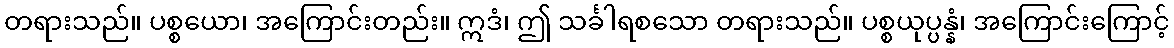
တရားသည်။ ပစ္စယော၊ အကြောင်းတည်း။ ဣဒံ၊ ဤ သင်္ခါရစသော တရားသည်။ ပစ္စယုပ္ပန္နံ၊ အကြောင်းကြောင့်